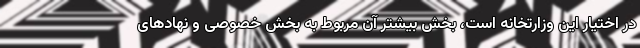
در اختیار این وزارتخانه است، بخش بیشتر آن مربوط به بخش خصوصی و نهادهای